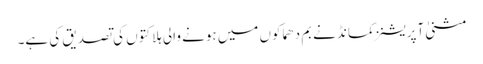
مثنیٰ آپریشنز کمانڈ نے بم دھماکوں میں ہونے والی ہلاکتوں کی تصدیق کی ہے۔